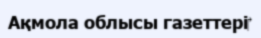
Ақмола облысы газеттері‎